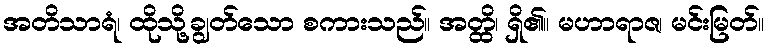
အတိသာရံ၊ ထိုသို့ချွတ်သော စကားသည်။ အတ္ထိ၊ ရှိ၏။ မဟာရာဇ၊ မင်းမြတ်။